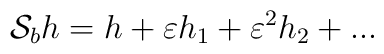
{\cal S}_b h=h+\varepsilon h_1+\varepsilon^2h_2+...